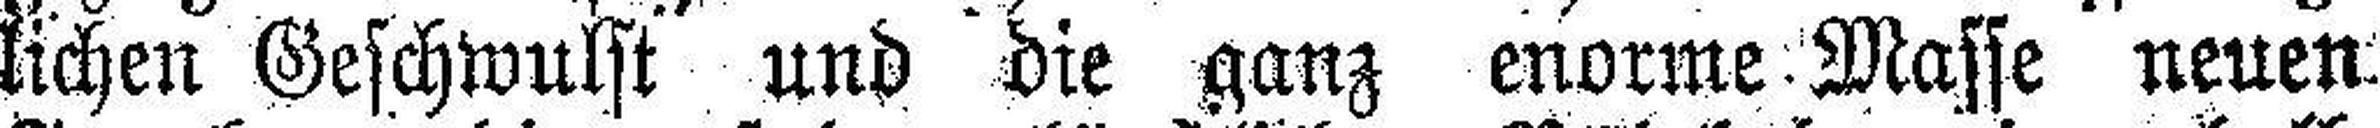
lichen Geschwulst und die ganz enorme Masse neuen